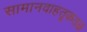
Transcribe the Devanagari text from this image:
सामानवाहतूकतळ